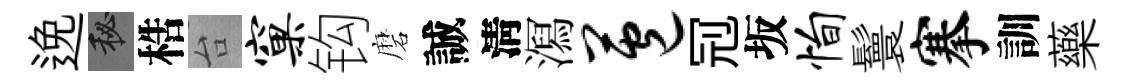
𨓜秘梏台窠钩磨誠淸㵼苞𠜍坂恂鬟搴訓藥